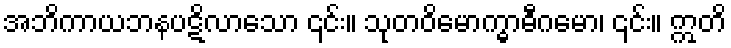
အဘိကာယဘနပဋိလာသော ၎င်း။ သုတဝိမောက္ဓာဓီဂမော၊ ၎င်း။ ဣတိ